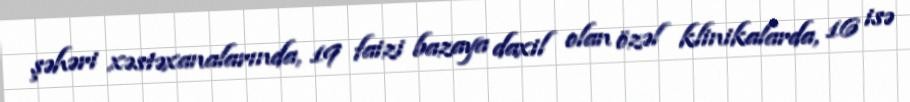
şəhəri xəstəxanalarında, 19 faizi bazaya daxil olan özəl klinikalarda, 16 isə